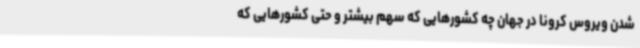
شدن ویروس کرونا در جهان چه کشورهایی که سهم بیشتر و حتی کشورهایی که